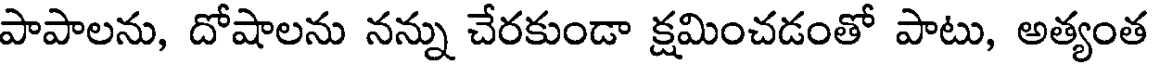
పాపాలను, దోషాలను నన్ను చేరకుండా క్షమించడంతో పాటు, అత్యంత